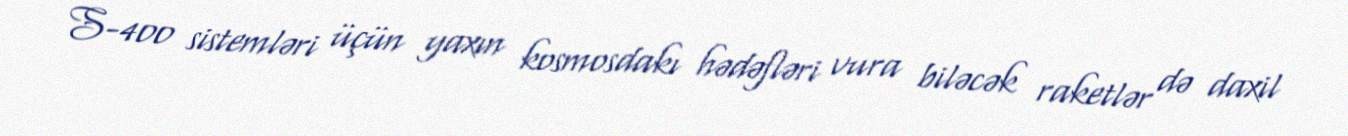
S-400 sistemləri üçün yaxın kosmosdakı hədəfləri vura biləcək raketlər də daxil